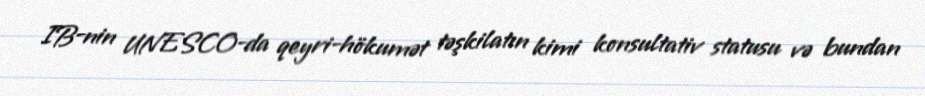
IB-nin UNESCO-da qeyri-hökumət təşkilatın kimi konsultativ statusu və bundan